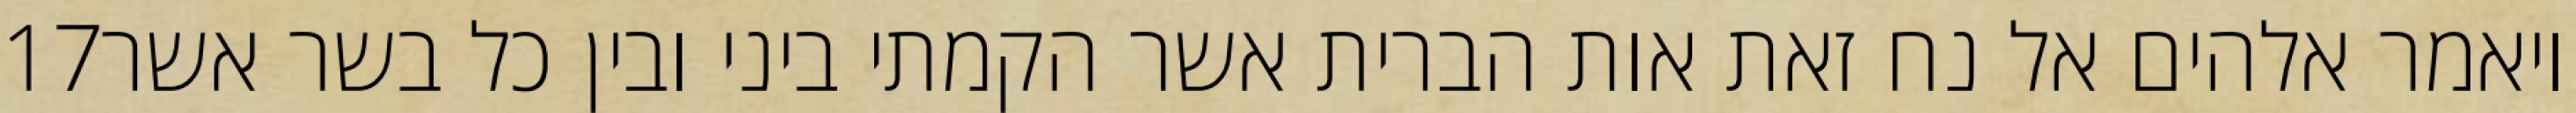
‎17‏ ויאמר אלהים אל נח זאת אות הברית אשר הקמתי ביני ובין כל בשר אשר